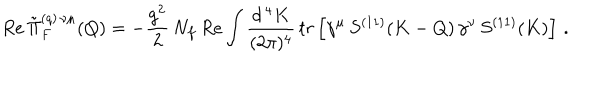
R e \, \tilde { \Pi } _ { F } ^ { ( q ) \, \nu \mu } ( Q ) = - \frac { g ^ { 2 } } { 2 } \, N _ { f } \, R e \int \frac { d ^ { \, 4 } K } { ( 2 \pi ) ^ { 4 } } \, t r \left[ \gamma ^ { \mu } \, S ^ { ( 1 1 ) } ( K - Q ) \, \gamma ^ { \nu } \, S ^ { ( 1 1 ) } ( K ) \right] \, .